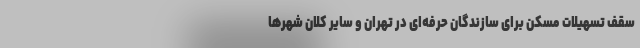
سقف تسهیلات مسکن برای سازندگان حرفه‌ای در تهران و سایر کلان شهر‌ها